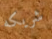
شريكه